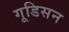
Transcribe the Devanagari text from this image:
गूडिसन